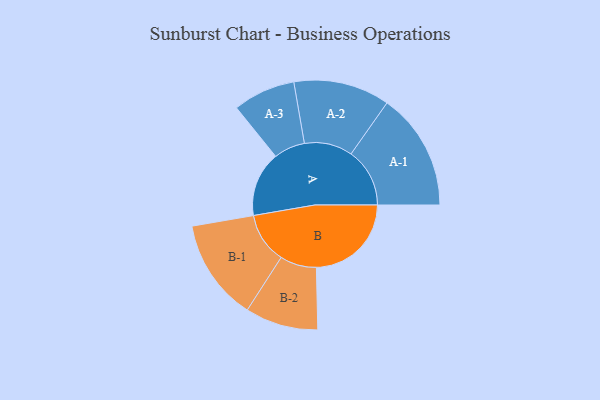
{"axis": {"x": "Segment", "y": "Value"}, "legend": ["", "A", "B"], "data": [{"x": "A", "y": 296, "type": ""}, {"x": "B", "y": 432, "type": ""}, {"x": "A-1", "y": 267, "type": "A"}, {"x": "A-2", "y": 219, "type": "A"}, {"x": "A-3", "y": 142, "type": "A"}, {"x": "B-1", "y": 231, "type": "B"}, {"x": "B-2", "y": 166, "type": "B"}]}